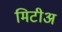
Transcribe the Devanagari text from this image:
मिटीअ